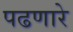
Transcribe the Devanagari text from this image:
पढणारे